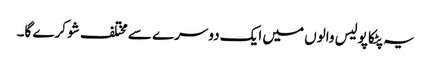
یہ پٹکا پولیس والوں میں ایک دوسرے سے مختلف شو کرے گا۔